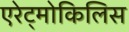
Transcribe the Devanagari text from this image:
एरेट्मोकिलिस